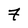
Character: 7